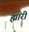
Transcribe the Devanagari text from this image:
ह्मारी